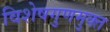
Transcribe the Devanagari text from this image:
विशेषगुणमुक्त